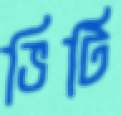
ভিটি